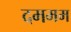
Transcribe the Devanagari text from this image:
दममम